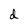
Character: d